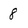
Character: 8